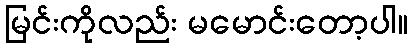
မြင်းကိုလည်း မမောင်းတော့ပါ။